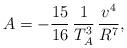
LaTeX: \begin{align*}A= - \frac{15}{16} \, \frac{1}{T_A^3} \, \frac{v^4}{R^7},\end{align*}